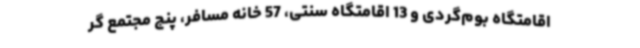
اقامتگاه بوم‌گردی و 13 اقامتگاه سنتی، 57 خانه مسافر، پنج مجتمع گر